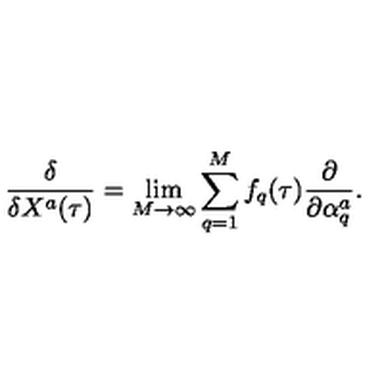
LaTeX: \frac { \delta } { \delta X ^ { a } ( \tau ) } = \lim _ { M \rightarrow \infty } \sum _ { q = 1 } ^ { M } f _ { q } ( \tau ) \frac { \partial } { \partial \alpha _ { q } ^ { a } } .